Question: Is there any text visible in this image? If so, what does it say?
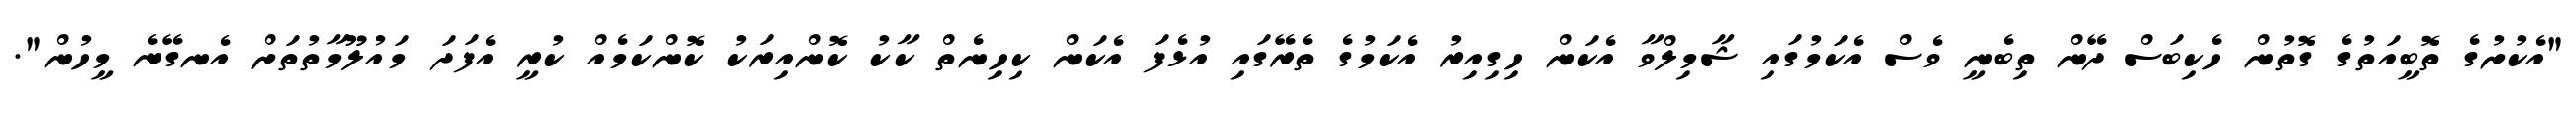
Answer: "އެކުށުގެ ތޮބީއަތުގެ ގޮތުން ހެކިބަސް ދޭން ތިބެނީ ވެސް އެކަމުގައި ޝާމިލްވާ އެކަން ހިގިއިރު އެކަމުގެ ތެރޭގައި އުޅެފަ އެކަން ކިހިނެތް ކާކު ކޮންއިރަކު ކޮންކަމެއް ކުރީ އެފަދަ މައުލޫމާތުތަށް އެނގޭނެ މީހުން".